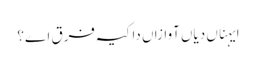
ایہناں دیاں آوازاں دا کیہ فرق اے؟